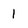
Character: 1